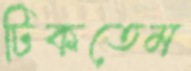
টিকতেম